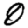
Digit: 0